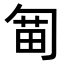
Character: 𠣯